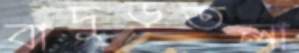
বাদুড়তলা